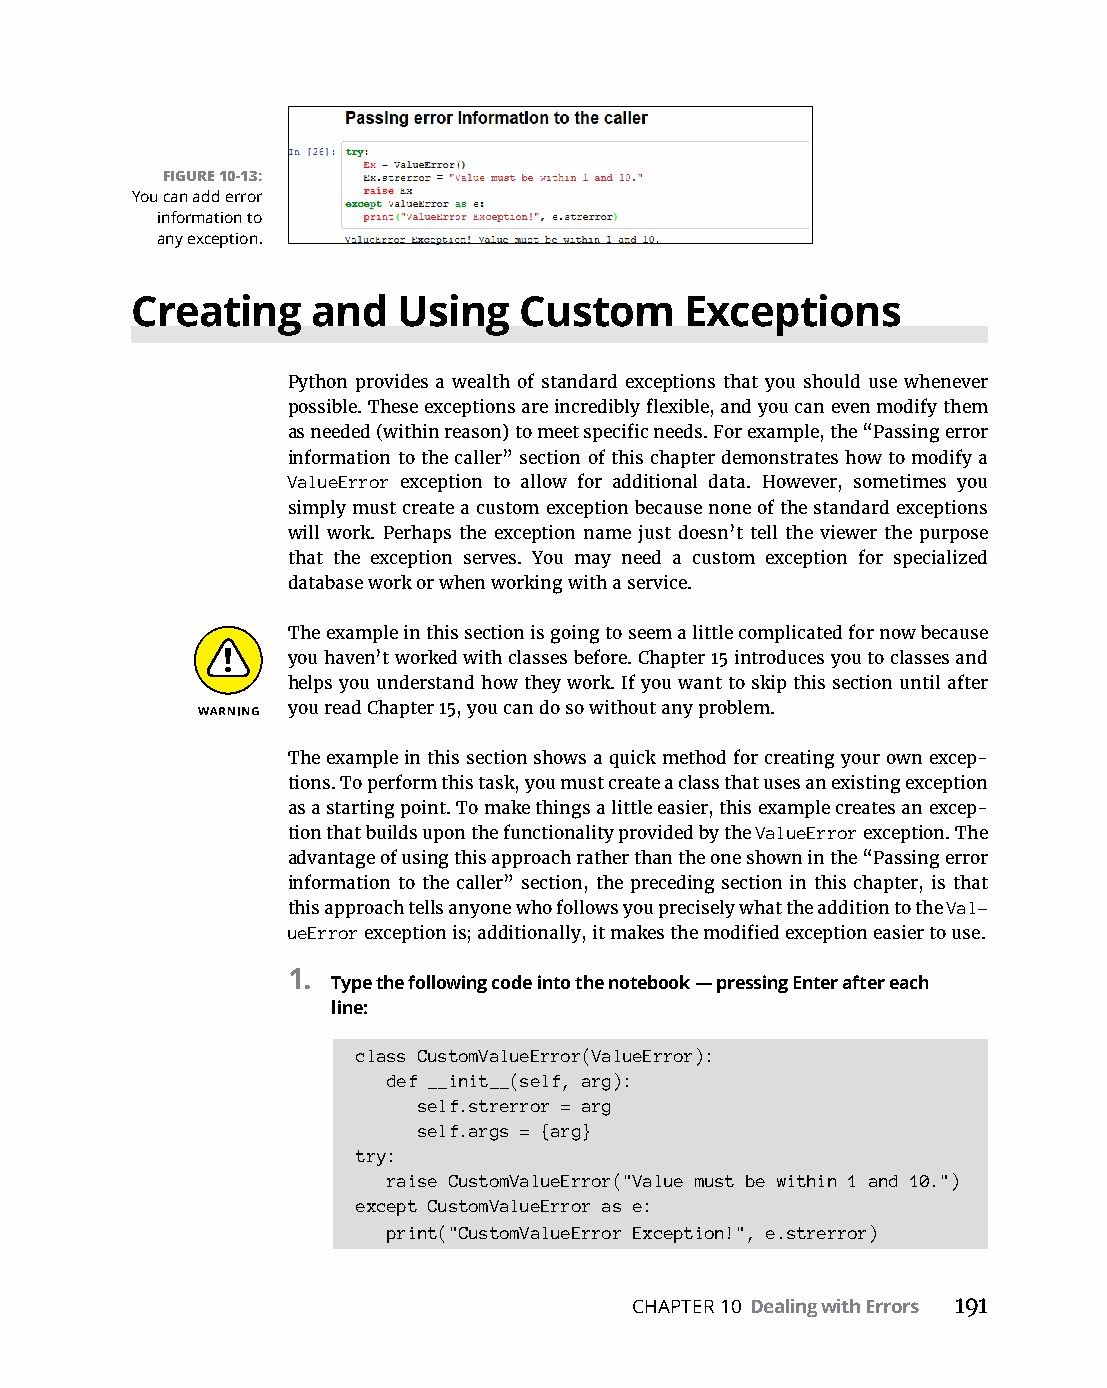
FIGURE 10-13:
 You can add error
 information to
 any exception.
 Creating    and  Using   Custom     Exceptions
 Python provides a wealth of standard exceptions that you should use whenever
 possible. These exceptions are incredibly flexible, and you can even modify them
 as needed (within reason) to meet specific needs. For example, the “Passing error
 information to the caller” section of this chapter demonstrates how to modify a
 ValueError exception to allow for additional data. However, sometimes you
 simply must create a custom exception because none of the standard exceptions
 will work. Perhaps the exception name just doesn’t tell the viewer the purpose
 that the exception serves. You may need a custom exception for specialized
 database work or when working with a service.
 The example in this section is going to seem a little complicated for now because
 you haven’t worked with classes before. Chapter 15 introduces you to classes and
 helps you understand how they work. If you want to skip this section until after
 you read Chapter 15, you can do so without any problem.
 The example in this section shows a quick method for creating your own excep-
 tions. To perform this task, you must create a class that uses an existing exception
 as a starting point. To make things a little easier, this example creates an excep-
 tion that builds upon the functionality provided by the ValueError exception. The
 advantage of using this approach rather than the one shown in the “Passing error
 information to the caller” section, the preceding section in this chapter, is that
 this approach tells anyone who follows you precisely what the addition to the Val-
 ueError exception is; additionally, it makes the modified exception easier to use.
 1.
 Type the following code into the notebook — pressing Enter after each
 line:
 class CustomValueError(ValueError):
 def __init__(self, arg):
 self.strerror = arg
 self.args = {arg}
 try:
 raise CustomValueError("Value must be within 1 and 10.")
 except CustomValueError as e:
 print("CustomValueError Exception!", e.strerror)
 CHAPTER 10 Dealing with Errors 191